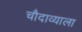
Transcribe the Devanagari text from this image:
चौदाव्याला